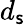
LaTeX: d_{\mathsf{s}}